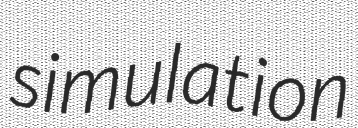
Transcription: simulation